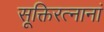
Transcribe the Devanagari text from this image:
सूक्तिरत्नानां